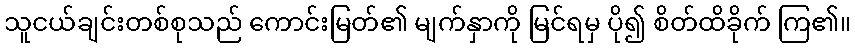
သူငယ်ချင်းတစ်စုသည် ကောင်းမြတ်၏ မျက်နှာကို မြင်ရမှ ပို၍ စိတ်ထိခိုက် ကြ၏။